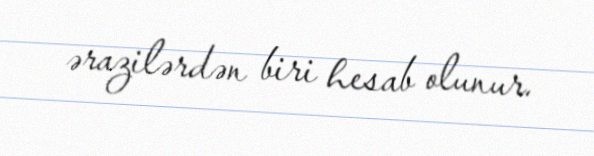
ərazilərdən biri hesab olunur.